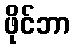
ဖိုင်ဘာ